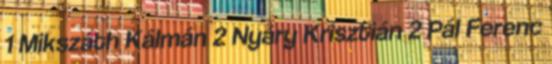
1 Mikszáth Kálmán 2 Nyáry Krisztián 2 Pál Ferenc